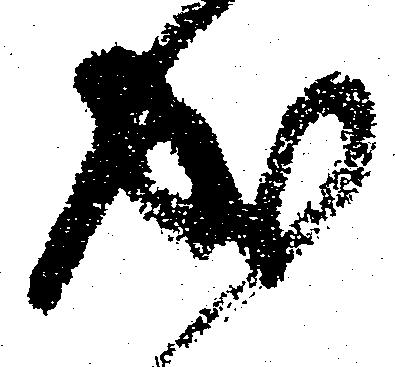
成